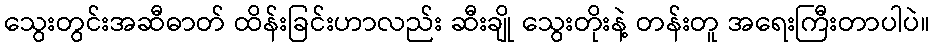
သွေးတွင်းအဆီဓာတ် ထိန်းခြင်းဟာလည်း ဆီးချို သွေးတိုးနဲ့ တန်းတူ အရေးကြီးတာပါပဲ။